Vaccine operations Central Provinces 1900-1911 - 1900-1911
Year: 1900
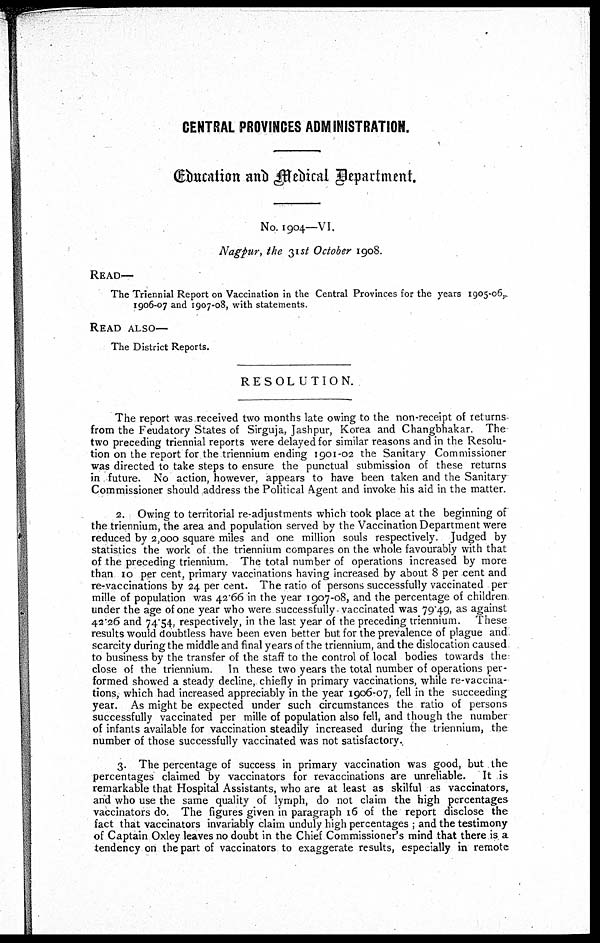
CENTRAL PROVINCES ADMINISTRATION.
Education and Medical Department.
No. 1904—VI.
Nagpur, the 31st October 1908.
READ—
The Triennial Report on Vaccination in the Central Provinces for the years 1905-06,
1906-07 and 1907-08, with statements.
READ ALSO—
The District Reports.
RESOLUTION.
The report was received two months late owing to the non-receipt of returns-
from the Feudatory States of Sirguja, Jashpur, Korea and Changbhakar. The
two preceding triennial reports were delayed for similar reasons and in the Resolu-
tion on the report for the triennium ending 1901-02 the Sanitary Commissioner
was directed to take steps to ensure the punctual submission of these returns
in future. No action, however, appears to have been taken and the Sanitary
Commissioner should address the Political Agent and invoke his aid in the matter.
2. Owing to territorial re-adjustments which took place at the beginning of
the triennium, the area and population served by the Vaccination Department were
reduced by 2,000 square miles and one million souls respectively. Judged by
statistics the work of the triennium compares on the whole favourably with that
of the preceding triennium. The total number of operations increased by more
than 10 per cent, primary vaccinations having increased by about 8 per cent and
re-vaccinations by 24 per cent. The ratio of persons successfully vaccinated per
mille of population was 42.66 in the year 1907-08, and the percentage of children
under the age of one year who were successfully-vaccinated was 79.49, as against
42.26 and 74.54, respectively, in the last year of the preceding triennium. These
results would doubtless have been even better but for the prevalence of plague and
scarcity during the middle and final years of the triennium, and the dislocation caused
to business by the transfer of the staff to the control of local bodies towards the
close of the triennium. In these two years the total number of operations per-
formed showed a steady decline, chiefly in primary vaccinations, while re-vaccina-
tions, which had increased appreciably in the year 1906-07, fell in the succeeding
year. As might be expected under such circumstances the ratio of persons
successfully vaccinated per mille of population also fell, and though the number
of infants available for vaccination steadily increased during the triennium, the
number of those successfully vaccinated was not satisfactory.
3. The percentage of success in primary vaccination was good, but the
percentages claimed by vaccinators for revaccinations are unreliable. It is
remarkable that Hospital Assistants, who are at least as skilful as vaccinators,
and who use the same quality of lymph, do not claim the high percentages
vaccinators do. The figures given in paragraph 16 of the report disclose the
fact that vaccinators invariably claim unduly high percentages; and the testimony
of Captain Oxley leaves no doubt in the Chief Commissioner's mind that there is a
tendency on the part of vaccinators to exaggerate results, especially in remote